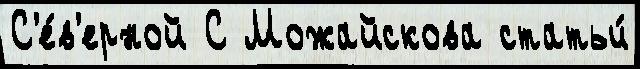
С'е́в'ерной С Можайскова статьи́